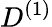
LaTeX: D^{(1)}